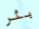
بئر